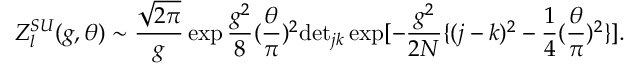
Z _ { l } ^ { S U } ( g , \theta ) \sim \frac { \sqrt { 2 \pi } } { g } \exp \frac { g ^ { 2 } } { 8 } ( \frac { \theta } { \pi } ) ^ { 2 } \mathrm { d e t } _ { j k } \exp [ - \frac { g ^ { 2 } } { 2 N } \{ ( j - k ) ^ { 2 } - \frac { 1 } { 4 } ( \frac { \theta } { \pi } ) ^ { 2 } \} ] .